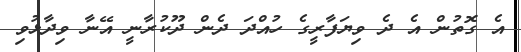
އެ ގޮތުން އެ ދެ ވިޔަފާރީގެ ހުއްދަ ދެން ދޫކުރާނީ އޭނާ ވިދާޅުވި